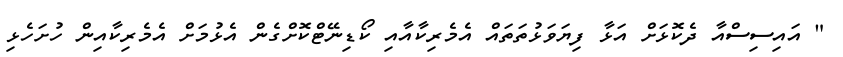
" އައިސިސްއާ ދެކޮޅަށް އަޅާ ފިޔަވަޅުތަތައް އެމެރިކާއާއި ކޯޑިނޭޓްކޮށްގެން އެޅުމަށް އެމެރިކާއިން ހުށަހެޅި